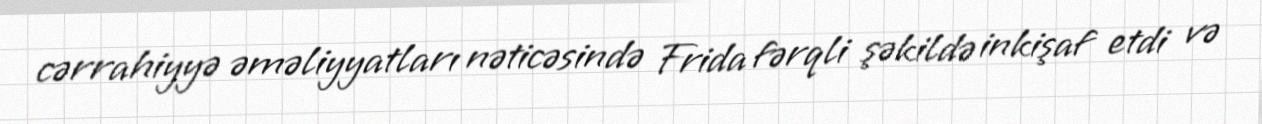
cərrahiyyə əməliyyatları nəticəsində Frida fərqli şəkildə inkişaf etdi və